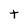
Character: t